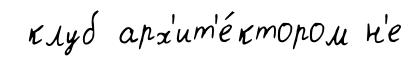
клуб арх'ит'е́ктором н'е